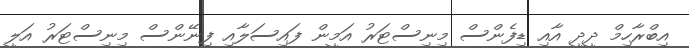
އިބްރާހިމް ދީދީ އާއި ޑިފެންސް މިނިސްޓަރު އަމީން ފައިސަލާއި ފިނޭންސް މިނިސްޓަރު އަލީ